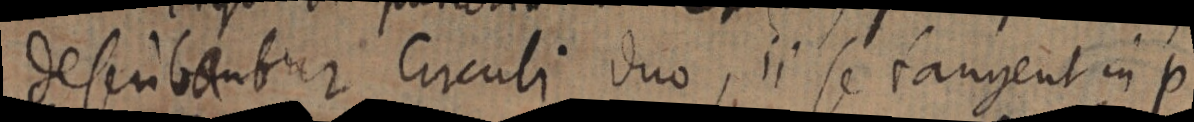
describantur Circuli duo, ii se tangent in p